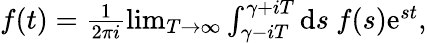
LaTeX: \begin{array}{r}{f(t)=\frac{1}{2\pi i}\operatorname*{lim}_{T\rightarrow\infty}\int_{\gamma-iT}^{\gamma+iT}\mathrm{d}s\ f(s)\mathrm{e}^{st},}\end{array}